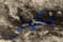
بكوني